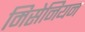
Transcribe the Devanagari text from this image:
मिसेनियन